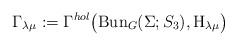
LaTeX: \begin{align*}\Gamma_{\lambda\mu}:=\Gamma^{hol}\big(\mathrm{Bun}_{G}(\Sigma;S_3),\mathrm{H}_{\lambda\mu}\big)\end{align*}